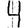
Digit: 4